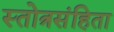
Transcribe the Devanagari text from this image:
स्तोत्रसंहिता